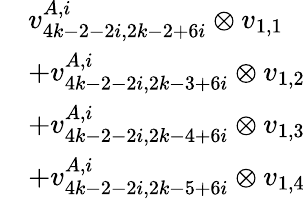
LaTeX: \begin{array}{rl}&{v_{4k-2-2i,2k-2+6i}^{A,i}\otimes v_{1,1}}\\ &{+v_{4k-2-2i,2k-3+6i}^{A,i}\otimes v_{1,2}}\\ &{+v_{4k-2-2i,2k-4+6i}^{A,i}\otimes v_{1,3}}\\ &{+v_{4k-2-2i,2k-5+6i}^{A,i}\otimes v_{1,4}}\end{array}